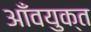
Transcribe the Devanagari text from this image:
आँवयुक्त